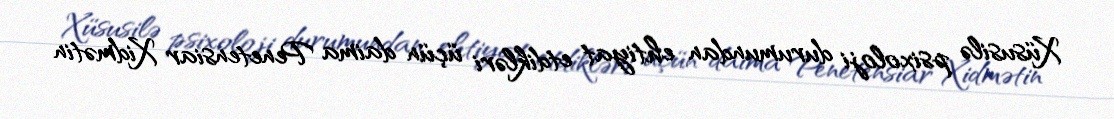
Xüsusilə psixoloji durumundan ehtiyat etdikləri üçün daima Penetensiar Xidmətin